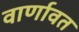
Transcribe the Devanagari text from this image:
वार्णावत